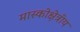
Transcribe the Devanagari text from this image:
मास्कोक्षेत्रीय